Problem: 20 + 10 = ?
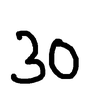
Handwritten answer: 30